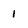
Character: 1